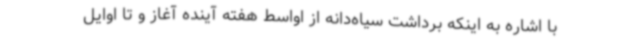
با اشاره به اینکه برداشت سیاه‌دانه از اواسط هفته آینده آغاز و تا اوایل